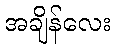
အချိန်လေး